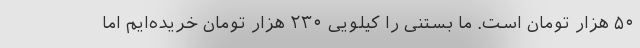
۵۰ هزار تومان است. ما بستنی را کیلویی ۲۳۰ هزار تومان خریده‌ایم اما